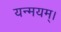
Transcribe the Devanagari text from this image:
यन्मयम्।